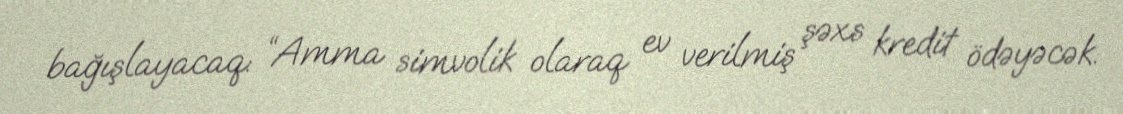
bağışlayacaq: “Amma simvolik olaraq ev verilmiş şəxs kredit ödəyəcək.